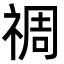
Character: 禂